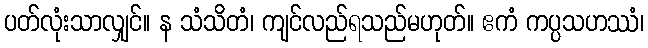
ပတ်လုံးသာလျှင်။ န သံသိတံ၊ ကျင်လည်ရသည်မဟုတ်။ ဧကံ ကပ္ပသဟဿံ၊